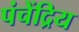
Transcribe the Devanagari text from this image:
पंचेंद्रिय